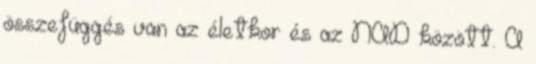
összefüggés van az életkor és az NAD között. A